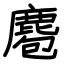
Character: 麅